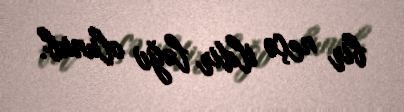
bir neçə ildir ləğv olunub.